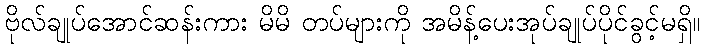
ဗိုလ်ချုပ်အောင်ဆန်းကား မိမိ တပ်များကို အမိန့်ပေးအုပ်ချုပ်ပိုင်ခွင့်မရှိ။